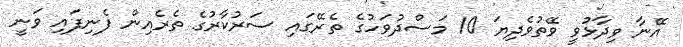
އޭނާ ވިދާޅުވީ ވޭތުވެދިޔަ 10 މަސްދުވަހުގެ ތެރޭގައި ސަރުކާރުގެ ތެރެއިން ފެނިފައި ވަނީ